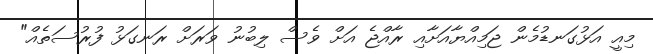
މިއީ އަޅުގަނޑުމެން ޖަމިއްޔާއަށާއި ރާއްޖެ އަށް ވެސް ލިބުނު ވަރަށް ރަނގަޅު ފުރުސަތެއް"